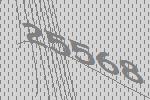
25568